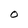
Character: O